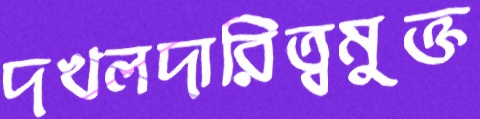
দখলদারিত্বমুক্ত